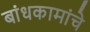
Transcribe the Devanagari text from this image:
बांधकामांचे